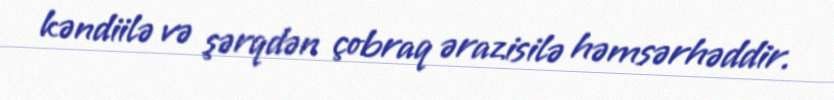
kəndiilə və şərqdən çobraq ərazisilə həmsərhəddir.